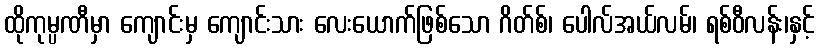
ထိုကုမ္ပဏီမှာ ကျောင်းမှ ကျောင်းသား လေးယောက်ဖြစ်သော ဂိတ်စ်၊ ပေါလ်အယ်လမ်၊ ရစ်ဝီလန်း၊နှင့်